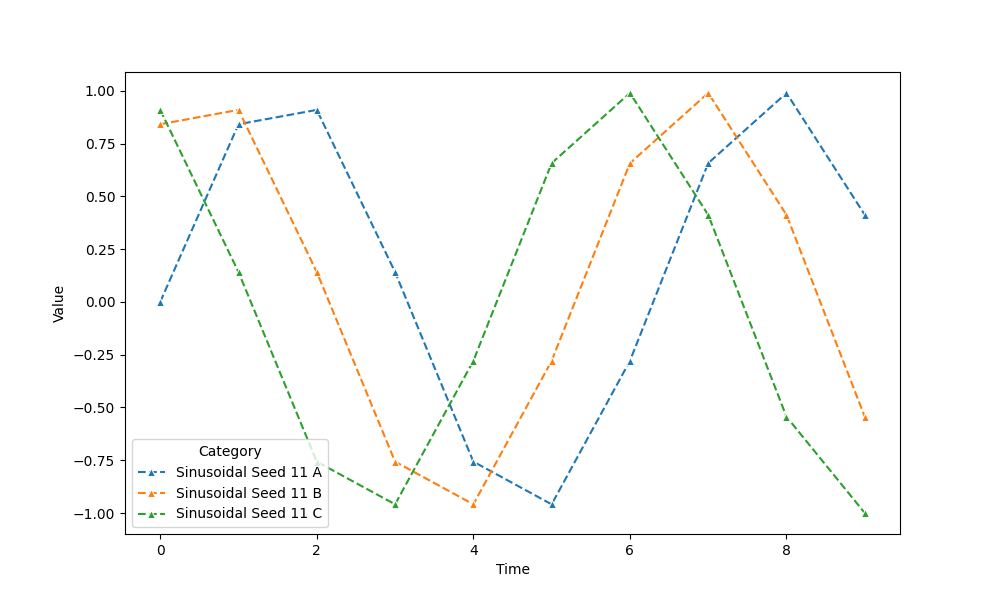
python, seaborn, lineplot, style='dashed', marker='^'